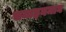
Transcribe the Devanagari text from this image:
चनाइनमान